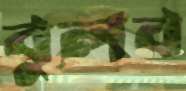
বুলব